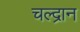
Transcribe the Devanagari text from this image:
चल्द्रान